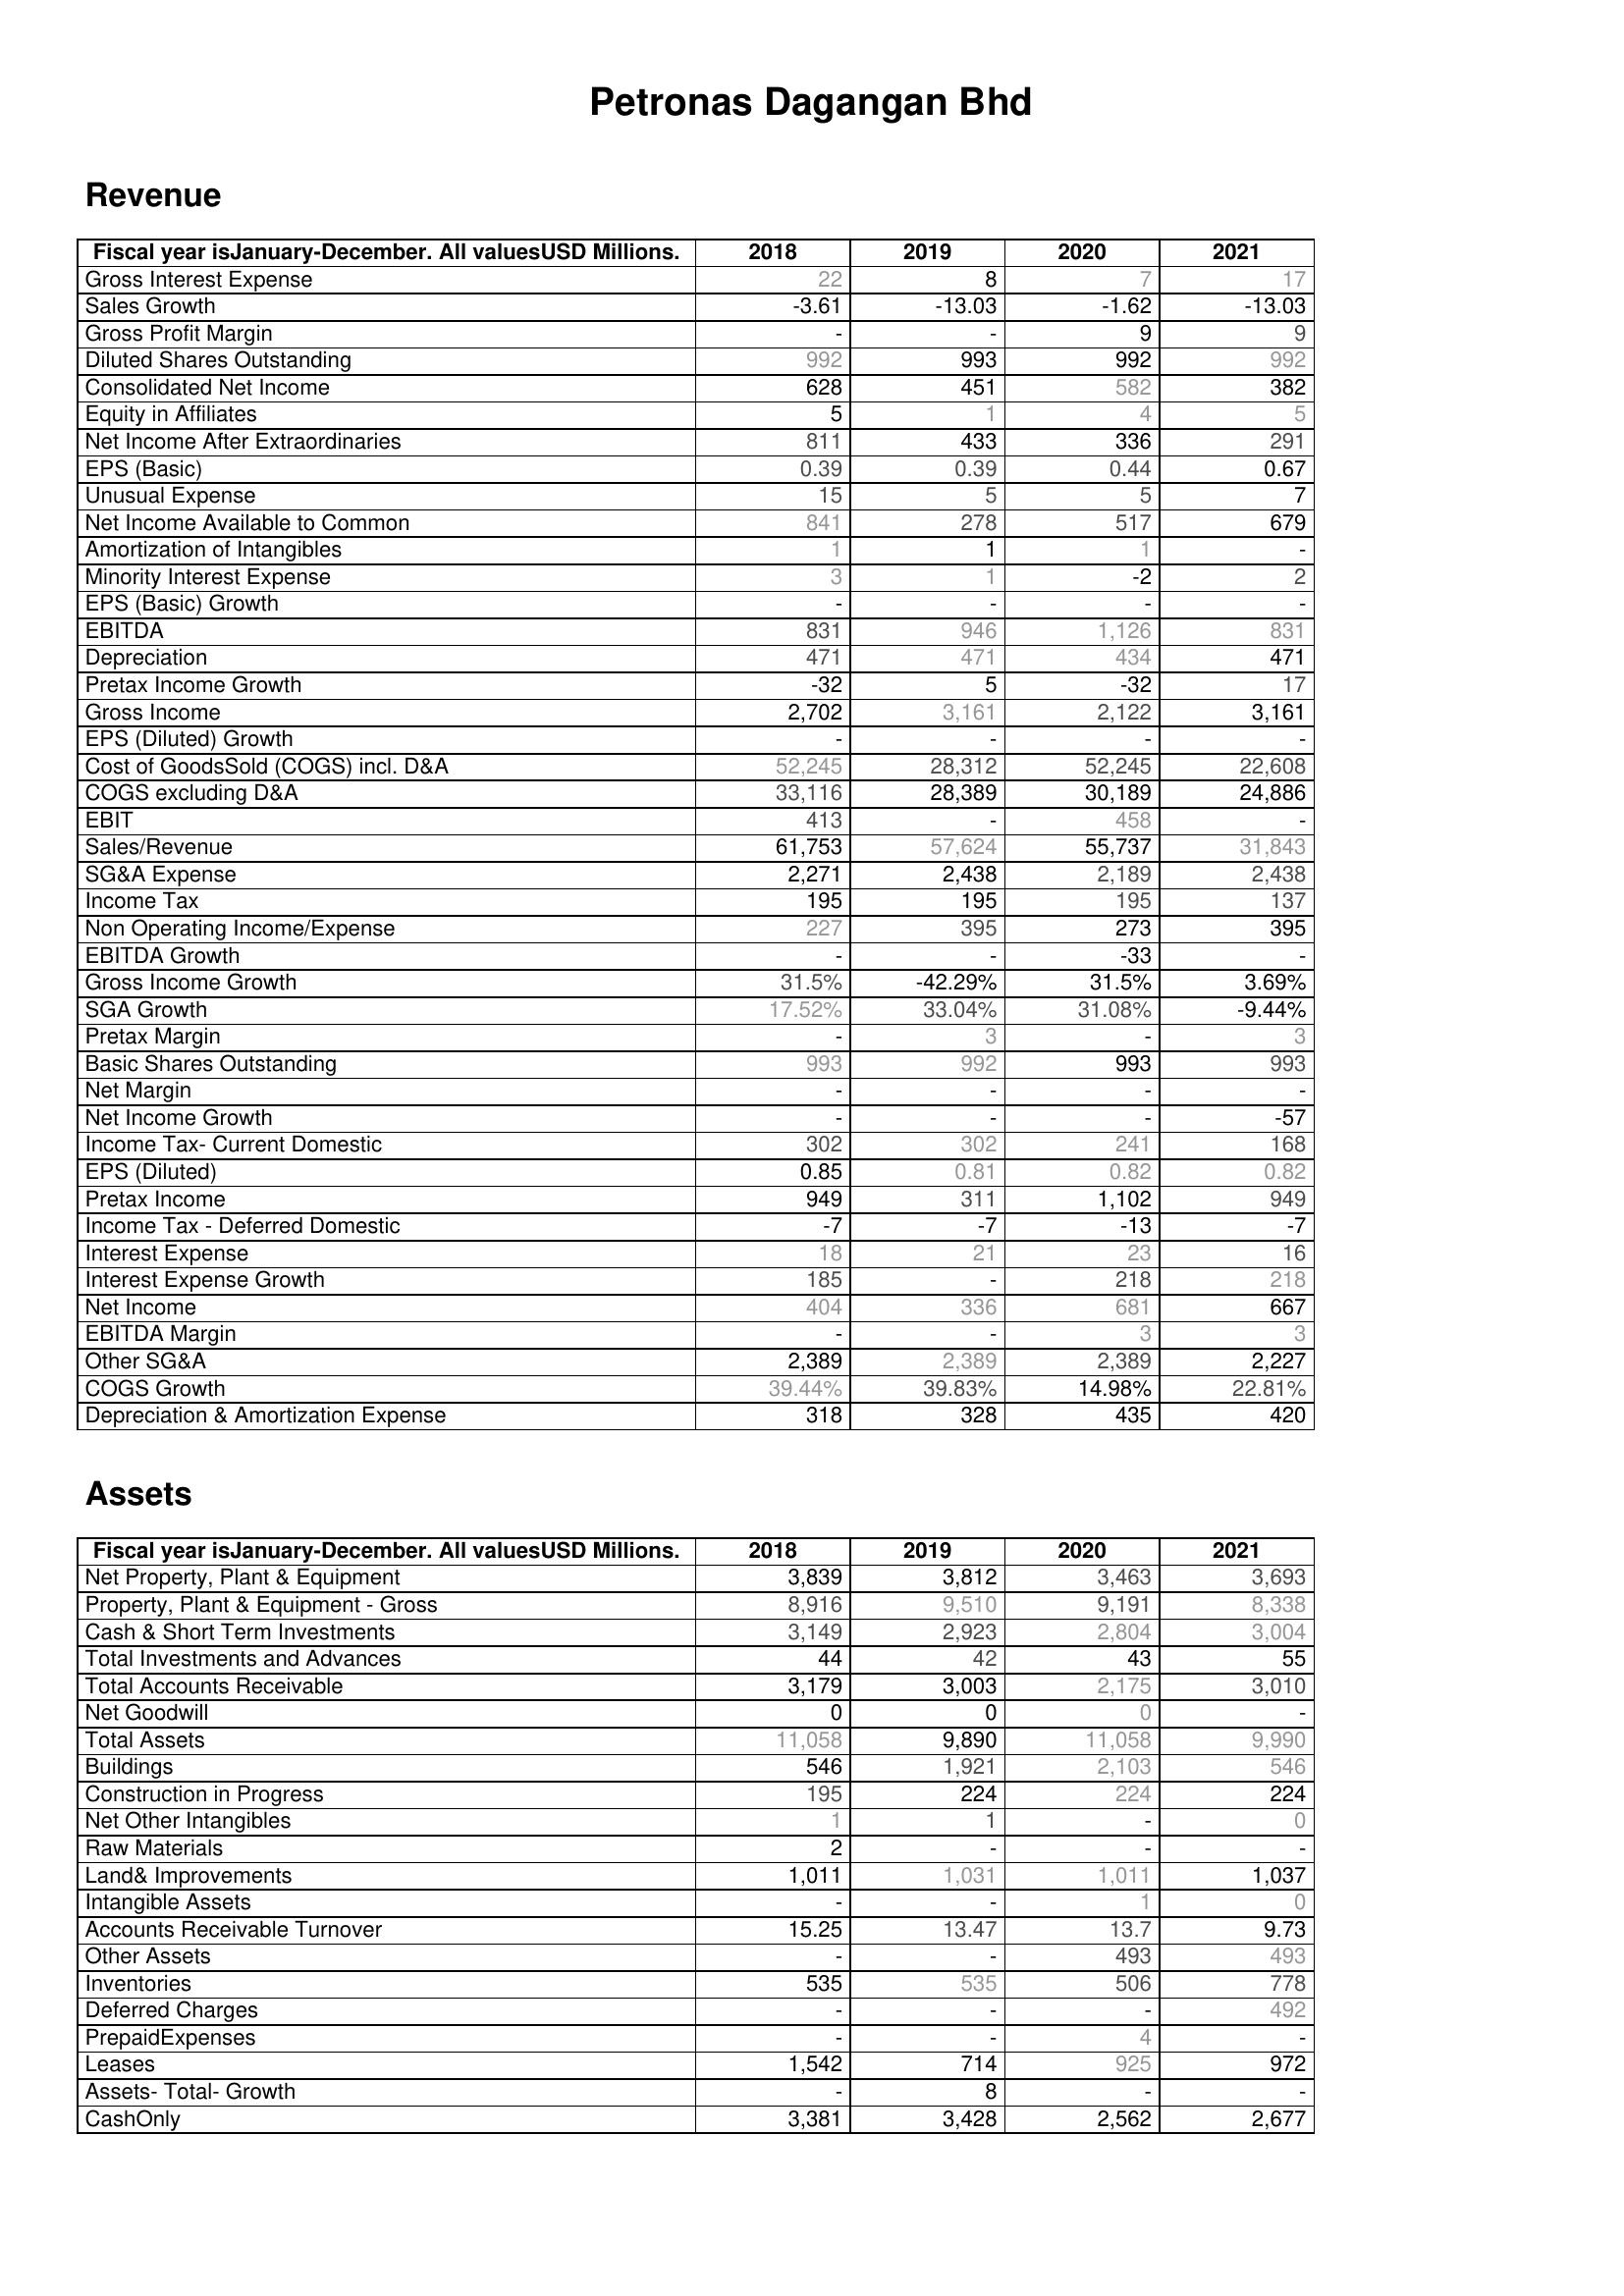
2018: Revenue: Gross Interest Expense: 22
Sales Growth: -3.61
Gross Profit Margin: -
Diluted Shares Outstanding: 992
Consolidated Net Income: 628
Equity in Affiliates: 5
Net Income After Extraordinaries: 811
EPS (Basic): 0.39
Unusual Expense: 15
Net Income Available to Common: 841
Amortization of Intangibles: 1
Minority Interest Expense: 3
EPS (Basic) Growth: -
EBITDA: 831
Depreciation: 471
Pretax Income Growth: -32
Gross Income: 2,702
EPS (Diluted) Growth: -
Cost of GoodsSold (COGS) incl. D&A: 52,245
COGS excluding D&A: 33,116
EBIT: 413
Sales/Revenue: 61,753
SG&A Expense: 2,271
Income Tax: 195
Non Operating Income/Expense: 227
EBITDA Growth: -
Gross Income Growth: 31.5%
SGA Growth: 17.52%
Pretax Margin: -
Basic Shares Outstanding: 993
Net Margin: -
Net Income Growth: -
Income Tax- Current Domestic: 302
EPS (Diluted): 0.85
Pretax Income: 949
Income Tax - Deferred Domestic: -7
Interest Expense: 18
Interest Expense Growth: 185
Net Income: 404
EBITDA Margin: -
Other SG&A: 2,389
COGS Growth: 39.44%
Depreciation & Amortization Expense: 318
Assets: Net Property, Plant & Equipment: 3,839
Property, Plant & Equipment - Gross : 8,916
Cash & Short Term Investments: 3,149
Total Investments and Advances: 44
Total Accounts Receivable: 3,179
Net Goodwill: 0
Total Assets: 11,058
Buildings: 546
Construction in Progress: 195
Net Other Intangibles: 1
Raw Materials: 2
Land& Improvements: 1,011
Intangible Assets: -
Accounts Receivable Turnover: 15.25
Other Assets: -
Inventories: 535
Deferred Charges: -
PrepaidExpenses: -
Leases: 1,542
Assets- Total- Growth: -
CashOnly: 3,381
2019: Revenue: Gross Interest Expense: 8
Sales Growth: -13.03
Gross Profit Margin: -
Diluted Shares Outstanding: 993
Consolidated Net Income: 451
Equity in Affiliates: 1
Net Income After Extraordinaries: 433
EPS (Basic): 0.39
Unusual Expense: 5
Net Income Available to Common: 278
Amortization of Intangibles: 1
Minority Interest Expense: 1
EPS (Basic) Growth: -
EBITDA: 946
Depreciation: 471
Pretax Income Growth: 5
Gross Income: 3,161
EPS (Diluted) Growth: -
Cost of GoodsSold (COGS) incl. D&A: 28,312
COGS excluding D&A: 28,389
EBIT: -
Sales/Revenue: 57,624
SG&A Expense: 2,438
Income Tax: 195
Non Operating Income/Expense: 395
EBITDA Growth: -
Gross Income Growth: -42.29%
SGA Growth: 33.04%
Pretax Margin: 3
Basic Shares Outstanding: 992
Net Margin: -
Net Income Growth: -
Income Tax- Current Domestic: 302
EPS (Diluted): 0.81
Pretax Income: 311
Income Tax - Deferred Domestic: -7
Interest Expense: 21
Interest Expense Growth: -
Net Income: 336
EBITDA Margin: -
Other SG&A: 2,389
COGS Growth: 39.83%
Depreciation & Amortization Expense: 328
Assets: Net Property, Plant & Equipment: 3,812
Property, Plant & Equipment - Gross : 9,510
Cash & Short Term Investments: 2,923
Total Investments and Advances: 42
Total Accounts Receivable: 3,003
Net Goodwill: 0
Total Assets: 9,890
Buildings: 1,921
Construction in Progress: 224
Net Other Intangibles: 1
Raw Materials: -
Land& Improvements: 1,031
Intangible Assets: -
Accounts Receivable Turnover: 13.47
Other Assets: -
Inventories: 535
Deferred Charges: -
PrepaidExpenses: -
Leases: 714
Assets- Total- Growth: 8
CashOnly: 3,428
2020: Revenue: Gross Interest Expense: 7
Sales Growth: -1.62
Gross Profit Margin: 9
Diluted Shares Outstanding: 992
Consolidated Net Income: 582
Equity in Affiliates: 4
Net Income After Extraordinaries: 336
EPS (Basic): 0.44
Unusual Expense: 5
Net Income Available to Common: 517
Amortization of Intangibles: 1
Minority Interest Expense: -2
EPS (Basic) Growth: -
EBITDA: 1,126
Depreciation: 434
Pretax Income Growth: -32
Gross Income: 2,122
EPS (Diluted) Growth: -
Cost of GoodsSold (COGS) incl. D&A: 52,245
COGS excluding D&A: 30,189
EBIT: 458
Sales/Revenue: 55,737
SG&A Expense: 2,189
Income Tax: 195
Non Operating Income/Expense: 273
EBITDA Growth: -33
Gross Income Growth: 31.5%
SGA Growth: 31.08%
Pretax Margin: -
Basic Shares Outstanding: 993
Net Margin: -
Net Income Growth: -
Income Tax- Current Domestic: 241
EPS (Diluted): 0.82
Pretax Income: 1,102
Income Tax - Deferred Domestic: -13
Interest Expense: 23
Interest Expense Growth: 218
Net Income: 681
EBITDA Margin: 3
Other SG&A: 2,389
COGS Growth: 14.98%
Depreciation & Amortization Expense: 435
Assets: Net Property, Plant & Equipment: 3,463
Property, Plant & Equipment - Gross : 9,191
Cash & Short Term Investments: 2,804
Total Investments and Advances: 43
Total Accounts Receivable: 2,175
Net Goodwill: 0
Total Assets: 11,058
Buildings: 2,103
Construction in Progress: 224
Net Other Intangibles: -
Raw Materials: -
Land& Improvements: 1,011
Intangible Assets: 1
Accounts Receivable Turnover: 13.7
Other Assets: 493
Inventories: 506
Deferred Charges: -
PrepaidExpenses: 4
Leases: 925
Assets- Total- Growth: -
CashOnly: 2,562
2021: Revenue: Gross Interest Expense: 17
Sales Growth: -13.03
Gross Profit Margin: 9
Diluted Shares Outstanding: 992
Consolidated Net Income: 382
Equity in Affiliates: 5
Net Income After Extraordinaries: 291
EPS (Basic): 0.67
Unusual Expense: 7
Net Income Available to Common: 679
Amortization of Intangibles: -
Minority Interest Expense: 2
EPS (Basic) Growth: -
EBITDA: 831
Depreciation: 471
Pretax Income Growth: 17
Gross Income: 3,161
EPS (Diluted) Growth: -
Cost of GoodsSold (COGS) incl. D&A: 22,608
COGS excluding D&A: 24,886
EBIT: -
Sales/Revenue: 31,843
SG&A Expense: 2,438
Income Tax: 137
Non Operating Income/Expense: 395
EBITDA Growth: -
Gross Income Growth: 3.69%
SGA Growth: -9.44%
Pretax Margin: 3
Basic Shares Outstanding: 993
Net Margin: -
Net Income Growth: -57
Income Tax- Current Domestic: 168
EPS (Diluted): 0.82
Pretax Income: 949
Income Tax - Deferred Domestic: -7
Interest Expense: 16
Interest Expense Growth: 218
Net Income: 667
EBITDA Margin: 3
Other SG&A: 2,227
COGS Growth: 22.81%
Depreciation & Amortization Expense: 420
Assets: Net Property, Plant & Equipment: 3,693
Property, Plant & Equipment - Gross : 8,338
Cash & Short Term Investments: 3,004
Total Investments and Advances: 55
Total Accounts Receivable: 3,010
Net Goodwill: -
Total Assets: 9,990
Buildings: 546
Construction in Progress: 224
Net Other Intangibles: 0
Raw Materials: -
Land& Improvements: 1,037
Intangible Assets: 0
Accounts Receivable Turnover: 9.73
Other Assets: 493
Inventories: 778
Deferred Charges: 492
PrepaidExpenses: -
Leases: 972
Assets- Total- Growth: -
CashOnly: 2,677